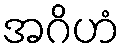
အဂိဟံ